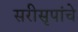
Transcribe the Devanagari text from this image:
सरीसृपांचे